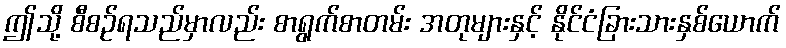
ဤသို့ စီစဉ်ရသည်မှာလည်း စာရွက်စာတမ်း အတုများနှင့် နိုင်ငံခြားသားနှစ်ယောက်